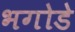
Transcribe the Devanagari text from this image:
भगोडे